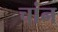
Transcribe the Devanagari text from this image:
चांन